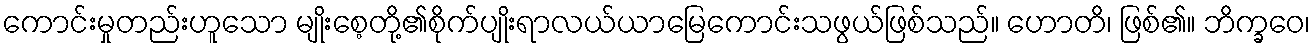
ကောင်းမှုတည်းဟူသော မျိုးစေ့တို့၏စိုက်ပျိုးရာလယ်ယာမြေကောင်းသဖွယ်ဖြစ်သည်။ ဟောတိ၊ ဖြစ်၏။ ဘိက္ခဝေ၊